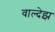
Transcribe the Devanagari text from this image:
वाल्देझ